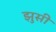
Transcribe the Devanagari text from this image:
झुसी